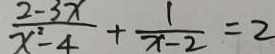
\frac { 2 - 3 x } { x ^ { 2 } - 4 } + \frac { 1 } { x - 2 } = 2